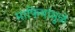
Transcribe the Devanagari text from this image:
माफियांमुळे